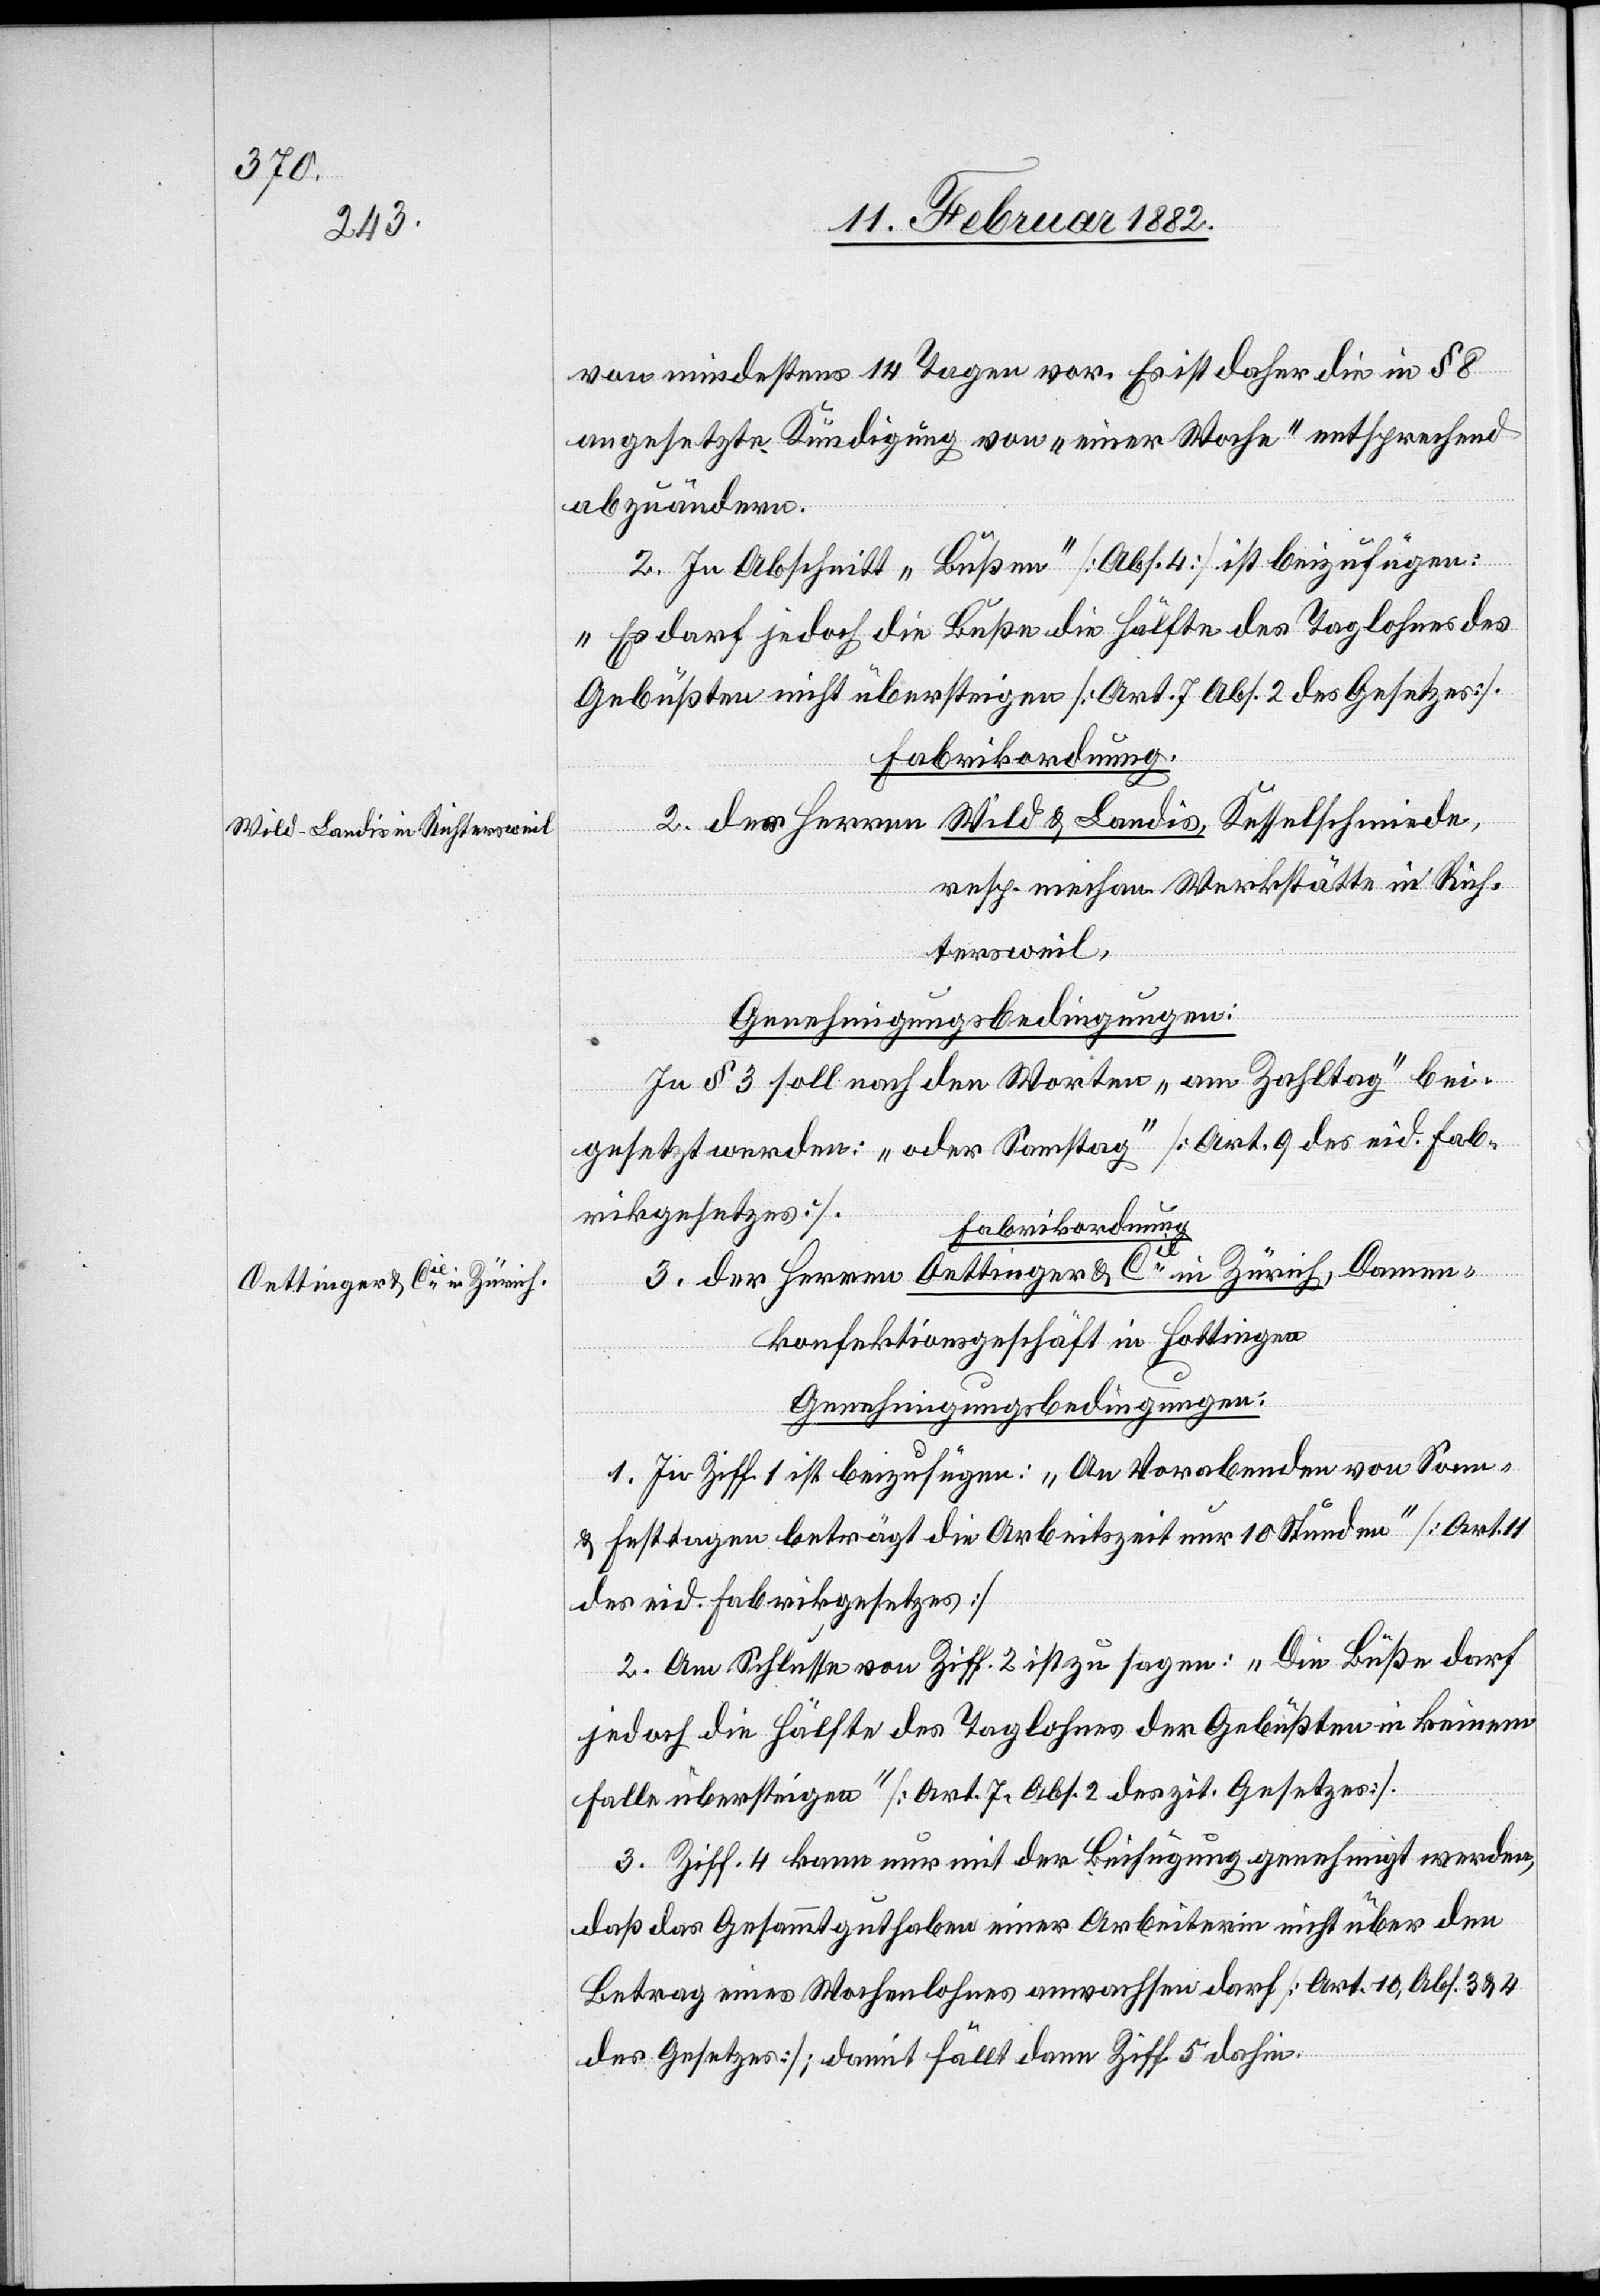
von mindestens 14 Tagen vor. Es ist daher die in § 8
angesetzte Kündigung von „einer Woche“ entsprechend
abzuändern.
2. Im Abschnitt „Bußen“ [Abs. 4] ist beizufügen:
„Es darf jedoch die Buße die Hälfte des Taglohnes des
Gebüßten nicht übersteigen [Art. 7 Abs. 2 des Gesetzes].
Fabrikordnung.
2. der Herren Wild & Landis, Kesselschmiede,
resp. mechan. Werkstätte in Rich¬
tersweil,
Genehmigungsbedingungen:
In § 3 soll nach den Worten „am Zahltag“ bei¬
gesetzt werden: „oder Samstag“ [Art. 9 des eid. Fab¬
rikgesetzes].
Fabrikordnung.
3. der Herren Oettinger & Cie in Zürich, Damen¬
konfektionsgeschäft in Hottingen
1. In Ziff. 1 ist beizufügen: „An Vorabenden von Sonn-
& Festtagen beträgt die Arbeitszeit nur 10 Stunden [Art.
des eid. Fabrikgesetzes].
2. Am Schlusse von Ziff. 2 ist zu sagen: „Die Buße darf
jedoch die Hälfte des Taglohnes der Gebüßtem im keinem
Falle übersteigen“ [Art. 7 Abs. 2 des zit. Gesetzes].
3. Ziff. 4 kann nur mit der Beifügung genehmigt werden,
daß das Gesammguthaben einer Arbeiterin nicht über den
Betrag eines Wochenlohnes ausmachen darf [Art. 10, Abs. 3 & 4
des Gesetzes]; damit fällt dann Ziff. 5 dahin.